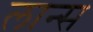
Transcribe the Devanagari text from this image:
लान्‍स